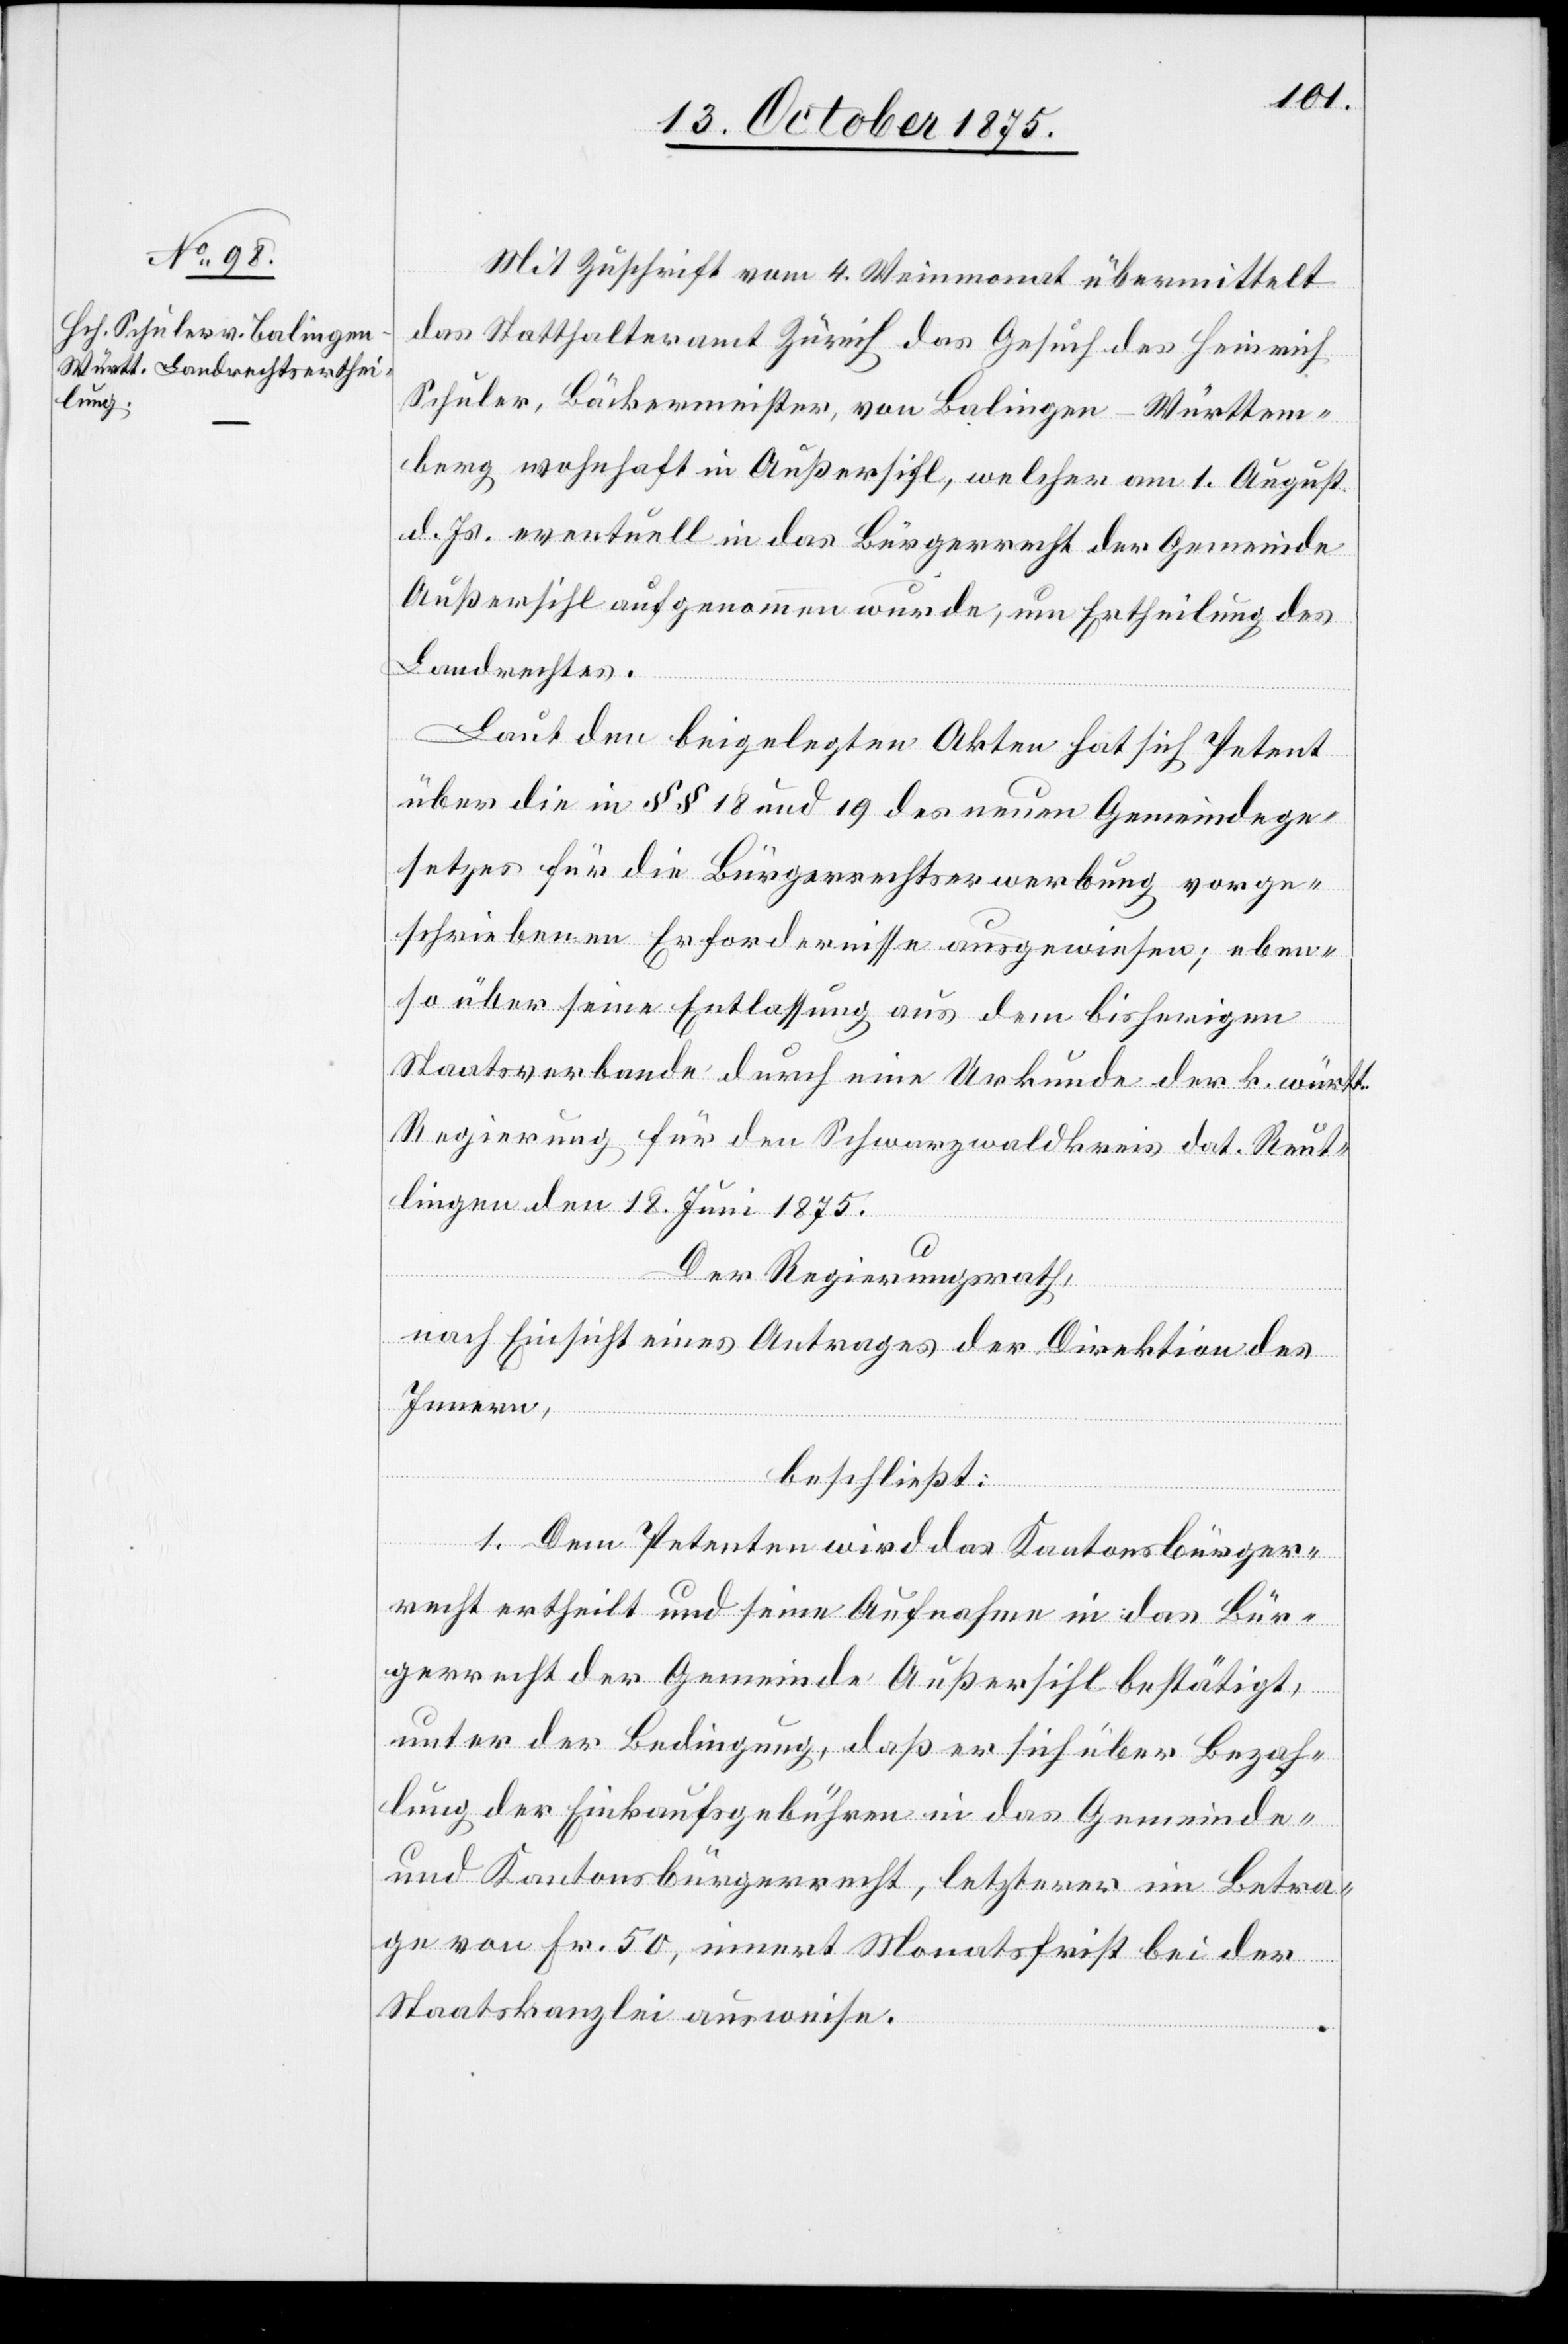
Mit Zuschrift vom 4. Weinmonat übermittelt
das Statthalteramt Zürich das Gesuch des Heinrich
Schuler, Bäckermeister, von Balingen - Württem¬
berg, wohnhaft in Außersihl, welcher am 1. August
d. Js. eventuell in das Bürgerrecht der Gemeinde
Außersihl aufgenommen wurde, um Ertheilung des
Landrechtes.
Laut den beigelegten Akten hat sich Petent
über die in §§ 18 und 19 des neuen Gemeindege¬
setzes für die Bürgerrechtserwerbung vorge¬
schriebenen Erfordernisse ausgewiesen; eben¬
so über seine Entlassung aus dem bisherigen
Staatsverbande durch eine Urkunde der k. württ.
Regierung für den Schwarzwaldkreis dat. Reut¬
lingen den 18. Juni 1875.
Der Regierungsrath,
nach Einsicht eines Antrages der Direktion des
Innern,
beschließt:
1. Dem Petenten wird das Kantonsbürger¬
recht ertheilt und seine Aufnahme in das Bür¬
gerrecht der Gemeinde Außersihl bestätigt,
unter der Bedingung, daß er sich über Bezah¬
lung der Einkaufsgebühren in das Gemeinde-
und Kantonsbürgerrecht, letzterer im Betra¬
ge von Fr. 50, innert Monatsfrist bei der
Staatskanzlei ausweise.